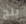
ينج